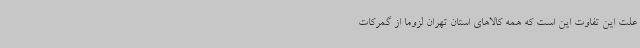
علت این تفاوت این است که همه کالاهای استان تهران لزوماً از گمرکات